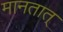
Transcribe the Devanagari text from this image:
मानतात्